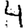
Digit: 4